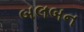
બલબન